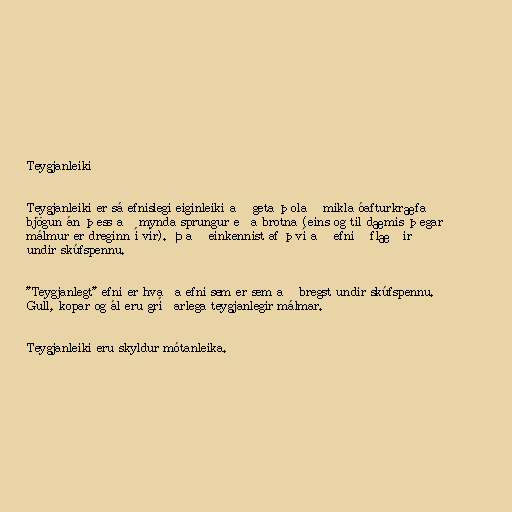
Teygjanleiki

Teygjanleiki er sá efnislegi eiginleiki að geta þolað mikla óafturkræfa
bjögun án þess að mynda sprungur eða brotna (eins og til dæmis þegar
málmur er dreginn í vír). Það einkennist af því að efnið flæðir
undir skúfspennu.

"Teygjanlegt" efni er hvaða efni sem er sem að bregst undir skúfspennu.
Gull, kopar og ál eru gríðarlega teygjanlegir málmar.

Teygjanleiki eru skyldur mótanleika.